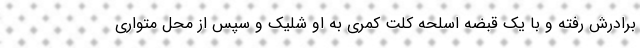
برادرش رفته و با یک قبضه اسلحه کلت کمری به او شلیک و سپس از محل متواری